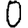
Digit: 0